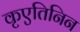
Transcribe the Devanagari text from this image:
कृएतिनिन